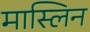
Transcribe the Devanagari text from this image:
मास्लिन